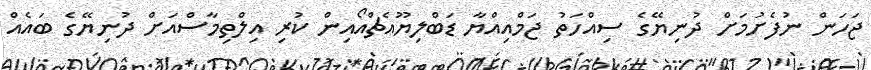
ޖަހަން ނުފެށުމަށް ދުނިޔޭގެ ސިއްހަތު ޖަމްއިއްޔާ ޑަބްލިޔޫއެޗްއޯއިން ކުރި އިލްތިމާސްއަށް ދުނިޔޭގެ ބައެއް